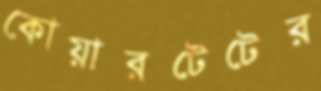
কোয়ারটেটের